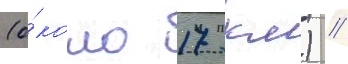
(о́коло 17 км) //